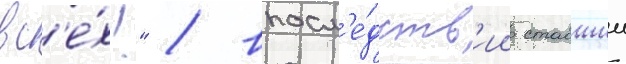
вс'е́х!" / впосл'е́дств'ии ставшии